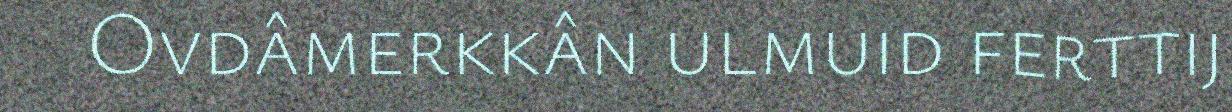
Ovdâmerkkân ulmuid ferttij